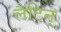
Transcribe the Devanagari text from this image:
लैटिन्